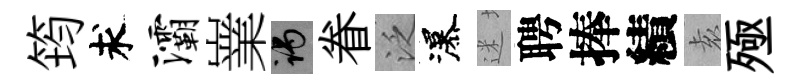
筠求灞嶪谒眷泛瀑迷聘捧績𡊮殛